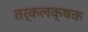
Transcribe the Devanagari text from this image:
तर्कलक्षक